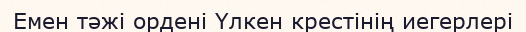
Емен тәжі ордені Үлкен крестінің иегерлері